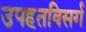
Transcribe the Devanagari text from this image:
उपहतविसर्ग